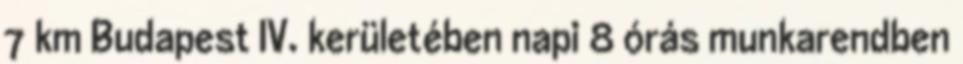
7 km Budapest IV. kerületében napi 8 órás munkarendben